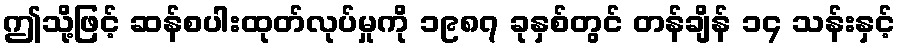
ဤသို့ဖြင့် ဆန်စပါးထုတ်လုပ်မှုကို ၁၉၈၇ ခုနှစ်တွင် တန်ချိန် ၁၄ သန်းနှင့်